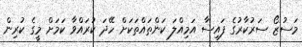
މަސުޒޯ ސަރުކާރުގެ ފައިސާ އަމިއްލަ ކަންތައްތަކަށް ހޭދަ ކުރައްވާ ކަމަށް މީގެ ކުރިން